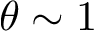
\theta \sim 1